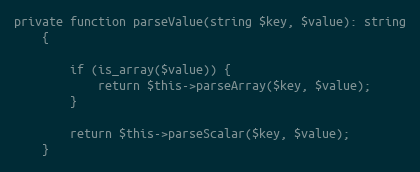
Language: PHP
private function parseValue(string $key, $value): string
    {

        if (is_array($value)) {
            return $this->parseArray($key, $value);
        }

        return $this->parseScalar($key, $value);
    }